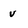
Character: V